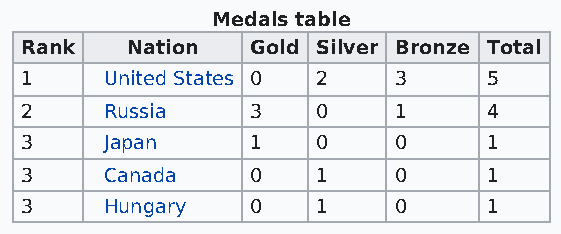
Medals table
 Rank   Nation   Gold Silver Bronze Total
 1     United States 0 2  3     5
 2     Russia    3   0    1     4
 3     Japan     1   0    0     1
 3     Canada    0   1    0     1
 3     Hungary   0   1    0     1